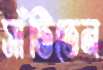
সাঁটিতেন